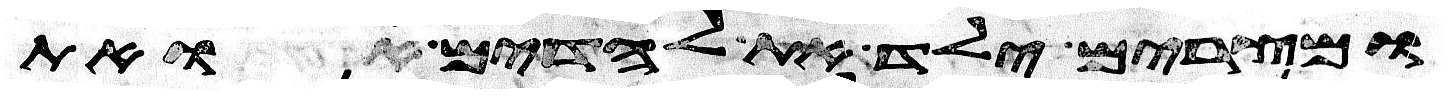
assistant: ומצרים ילד את לדים ואת